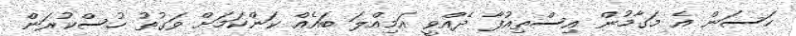
ހަސަން އެ މަގާމުން އިސްތިއުފާ ދެއްވީ އަމިއްލަ ބައެއް ކަންކަމަށް ވަގުުތު ހުސްކުރަން